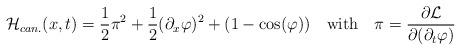
LaTeX: \begin{align*}{\cal H}_{can.}(x,t)=\frac{1}{2}\pi^2+\frac{1}{2}(\partial_x\varphi)^2+(1-\cos(\varphi))\quad\mbox{with}\quad\pi=\frac{\partial{\cal L}}{\partial(\partial_t\varphi)}\end{align*}